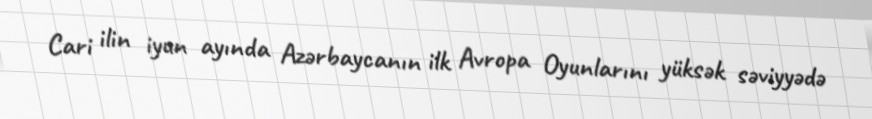
Cari ilin iyun ayında Azərbaycanın ilk Avropa Oyunlarını yüksək səviyyədə